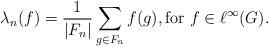
LaTeX: \begin{align*}\lambda_n(f) = \frac{1}{|F_n|} \sum_{g \in F_n} f(g), \textrm{for $f \in \ell^\infty(G)$}.\end{align*}